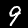
Label: 9